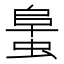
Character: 𧌛